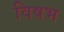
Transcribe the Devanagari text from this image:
विषभ